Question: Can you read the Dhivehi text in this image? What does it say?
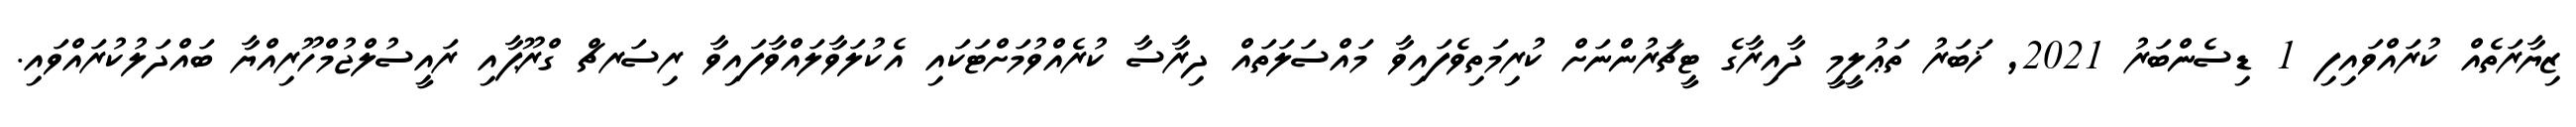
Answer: ޒިޔާރަތެއް ކުރައްވައިފި 1 ޑިސެންބަރު 2021, ޚަބަރު ތަޢުލީމީ ދާއިރާގެ ޓީޗަރުންނަށް ކުރިމަތިވެފައިވާ މައްސަލަތައް ދިރާސާ ކުރެއްވުމަށްޓަކައި އެކުލަވާލައްވާފައިވާ ރިސަރޗް ގްރޫޕާއި ރައީސުލްޖުމްހޫރިއްޔާ ބައްދަލުކުރައްވައި.